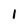
Character: 1